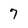
Character: 7